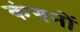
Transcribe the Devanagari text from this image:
कंगनों